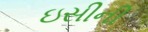
ઇસીની